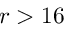
r > 1 6